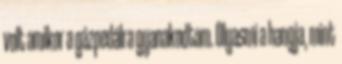
volt amikor a gázpedálra gyanakodtam. Olyasmi a hangja, mint